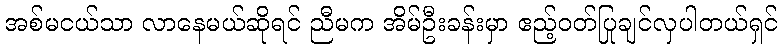
အစ်မငယ်သာ လာနေမယ်ဆိုရင် ညီမက အိမ်ဦးခန်းမှာ ဧည့်ဝတ်ပြုချင်လှပါတယ်ရှင်